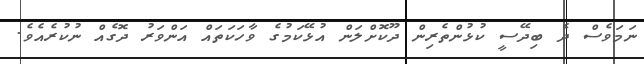
ނަމަވެސް ދެ ބިދޭސީ ކުޅުންތެރިން ދޫކޮށްލަން އުޅޭކަމުގެ ވާހަކަތައް އަންވަރު ދޮގެއް ނުކުރެއެވެ.